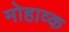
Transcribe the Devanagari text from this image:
मोहाव्क